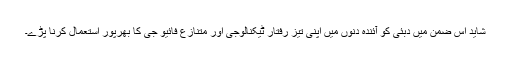
شاید اس ضمن میں دبئی کو آئندہ دنوں میں اپنی تیز رفتار ٹیکنالوجی اور متنازع فائیو جی کا بھرپور استعمال کرنا پڑے۔